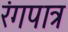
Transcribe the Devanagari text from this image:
रंगपात्र